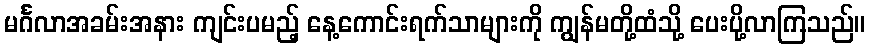
မင်္ဂလာအခမ်းအနား ကျင်းပမည့် နေ့ကောင်းရက်သာများကို ကျွန်မတို့ထံသို့ ပေးပို့လာကြသည်။